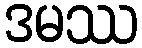
ဒမဿ